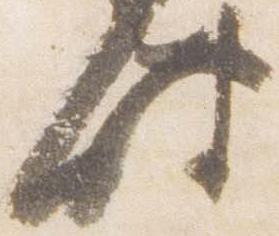
時